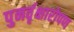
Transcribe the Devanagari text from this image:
पुनर्वृक्षारोपण